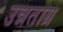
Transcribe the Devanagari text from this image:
उन्नताग्र